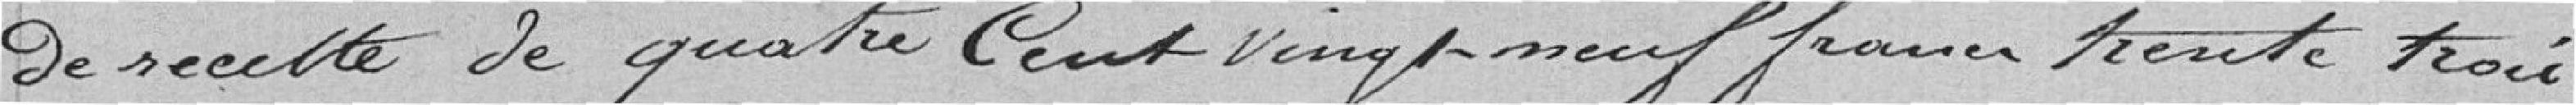
de recette de quatre cent vingt neuf francs trente trois